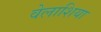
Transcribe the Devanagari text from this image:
वेलाशिया